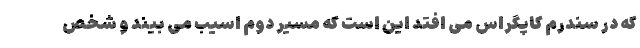
که در سندرم کاپگراس می افتد این است که مسیر دوم اسیب می بیند و شخص